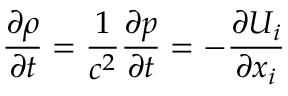
\frac { \partial \rho } { \partial t } = \frac { 1 } { { { c } ^ { 2 } } } \frac { \partial p } { \partial t } = - \frac { \partial { { U } _ { i } } } { \partial { { x } _ { i } } }